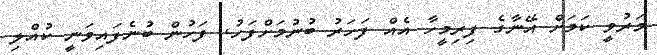
މަރުވީ ކަމަށް އޭނާގެ ފިރިމީހާ އެއް ފަހަރު ބުނުމަށްފަހު